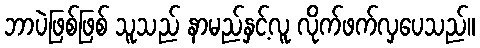
ဘာပဲဖြစ်ဖြစ် သူသည် နာမည်နှင့်လူ လိုက်ဖက်လှပေသည်။